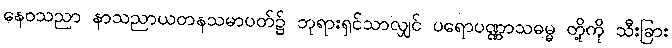
နေဝသညာ နာသညာယတနသမာပတ်၌ ဘုရားရှင်သာလျှင် ပရောပဏ္ဏာသဓမ္မ တို့ကို သီးခြား